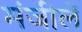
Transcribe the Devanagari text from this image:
मंजीलें